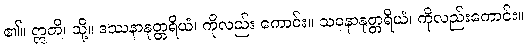
၏။ ဣတိ၊ သို့။ ဒဿနာနုတ္တရိယံ၊ ကိုလည်း ကောင်း။ သဝနာနုတ္တရိယံ၊ ကိုလည်းကောင်း။